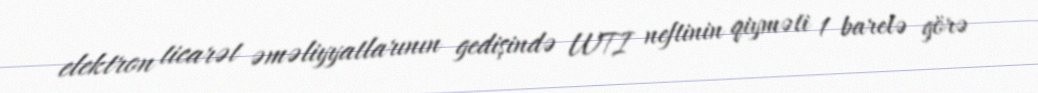
elektron ticarət əməliyyatlarının gedişində WTI neftinin qiyməti 1 barelə görə